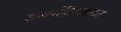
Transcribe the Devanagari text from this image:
राममंदिराबाबत